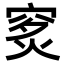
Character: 𥥿